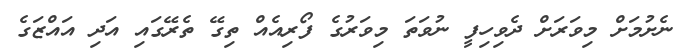
ނެށުމަށް މިވަރަށް ދެވިހިފީ ނުވަތަ މިވަރުގެ ފޯރިއެއް ތިގޭ ތެރޭގައި އަދި އައްޒަގެ